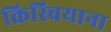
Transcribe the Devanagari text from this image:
क्रिस्चियाना